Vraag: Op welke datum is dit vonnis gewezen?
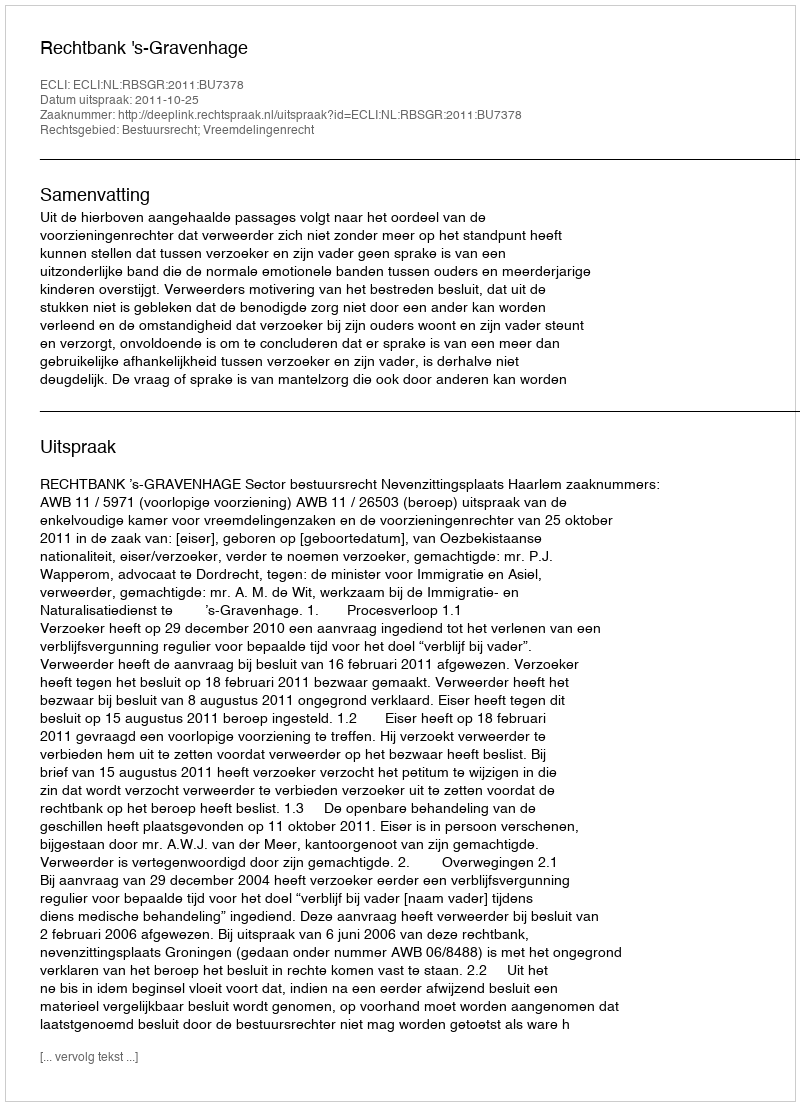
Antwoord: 2011-10-25